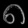
Digit: ၈